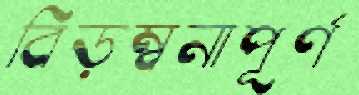
বিড়ম্বনাপূর্ণ